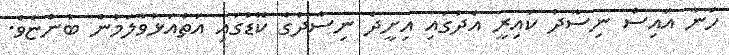
ހަނާ އައިސް ނިސާދު ކައިރީ އެދުގައި އިށީދެ ނިސާދުގެ ކޮޑުގައި އަތްއަޅުވާލަމުން ބުންޏެވެ.